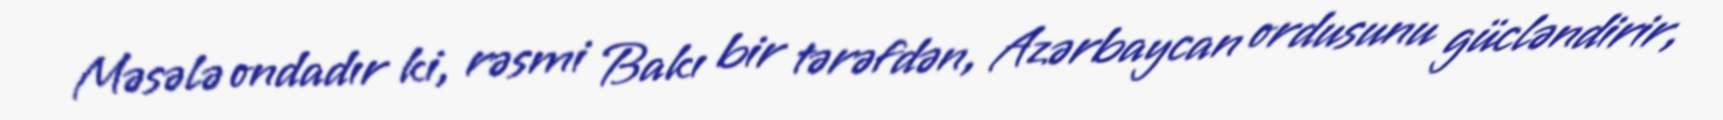
Məsələ ondadır ki, rəsmi Bakı bir tərəfdən, Azərbaycan ordusunu gücləndirir,